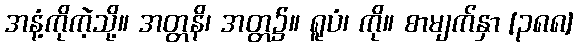
အနံ့ကိုကဲ့သို့။ အတ္တနိ၊ အတ္တ၌။ ရူပံ၊ ကို။ စာမျက်နှာ [၃၈၈]